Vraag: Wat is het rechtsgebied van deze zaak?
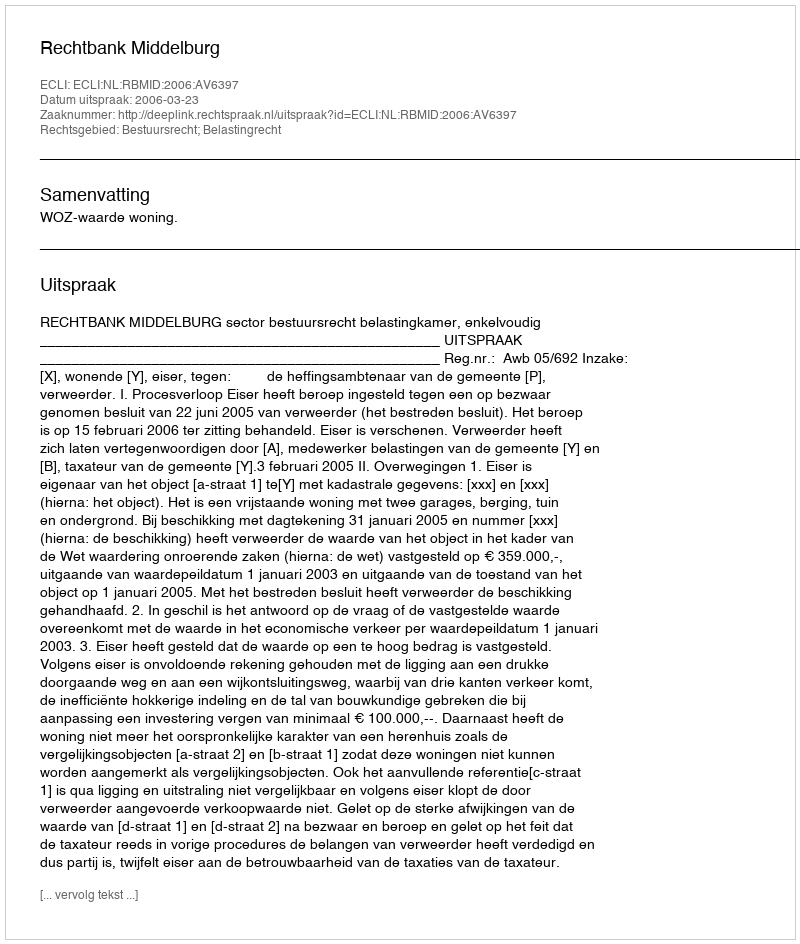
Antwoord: Bestuursrecht; Belastingrecht